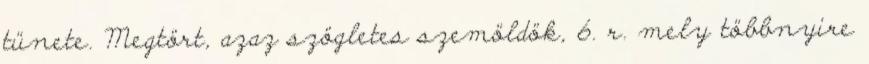
tünete. Megtört, azaz szögletes szemöldök, 6. r. mely többnyire